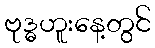
ဗုဒ္ဓဟူးနေ့တွင်